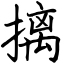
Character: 摛